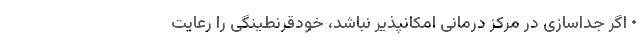
• اگر جداسازی در مرکز درمانی امکانپذیر نباشد، خودقرنطینگی را رعایت